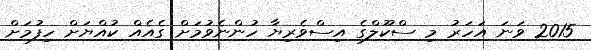
2015 ވަނަ އަހަރު މި ސްކޫލްގެ އިސްވެރިޔާ ހުންނެވުމަށް ގެއެއް ކުއްޔަށް ހިފުމަށް